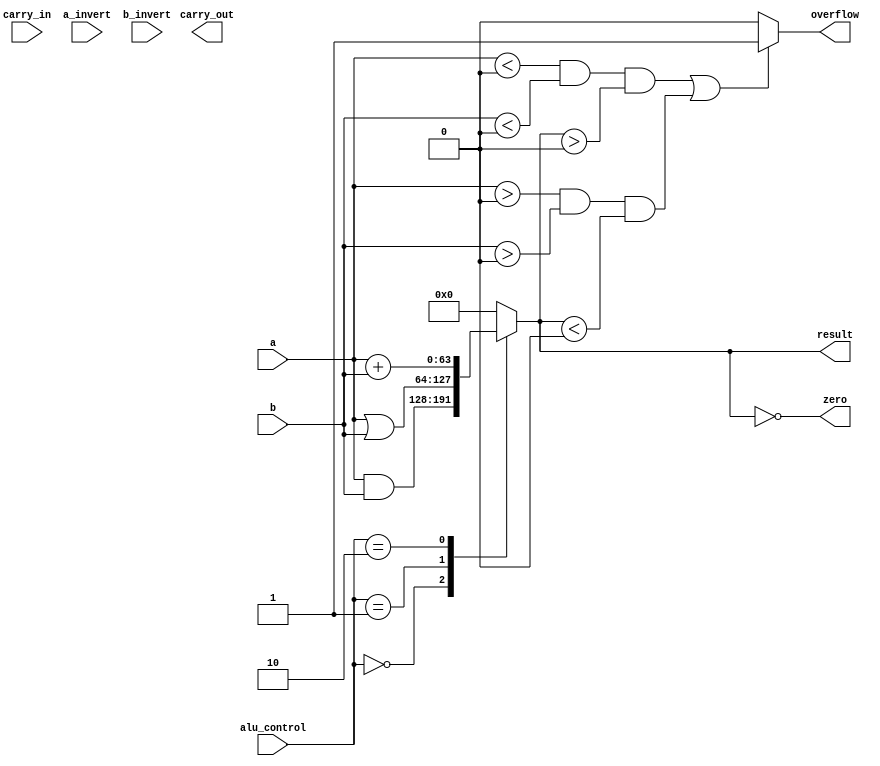
/*
    Name 1:     Ishaan Singh            191CS124
    Name 2:     Ikjot Singh Dhody       191CS123
    Module:     ALU - 64 BIT
*/

module ALU_N(
	output reg [63:0] result,
	output zero, overflow, carry_out,
	input [63:0] a, b,
	input carry_in, a_invert, b_invert,
    input [1:0] alu_control
);
	assign zero = (result == 0);
	always @(*) begin
		case (alu_control)
			0:  result <= a & b;
			1:  result <= a | b;
			2:  result <= a + b;
			6:  result <= a - b;
			7:  result <= a < b ? 1 : 0;
			12: result <= ~(a | b);
			13: result <= ~(a & b);
			default: result <= 0;
		endcase
	end
	assign overflow = ((a<0 && b<0 && result>0) || (a>0 && b>0 && result<0)) ? 1 : 0; 
endmodule